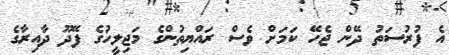
އެ ފުރުސަތު ދޭން ޖެހޭ ކަމަށް ވެސް ރައްޔިތުންގެ މަޖިލީހުގެ ފޭދޫ ދާއިރާގެ